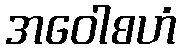
အဝေါစဟံ